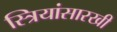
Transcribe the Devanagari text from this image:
स्त्रियांसारखी